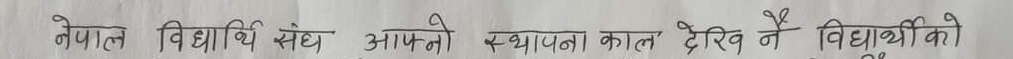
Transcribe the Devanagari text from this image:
नेपाल विद्यार्थी संघ आफ्नो स्थापना काल देखि नै विद्यार्थीको